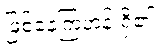
ဖြစ်နေကြဟန် ရှိ၏။